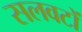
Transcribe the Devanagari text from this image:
सलवटों